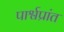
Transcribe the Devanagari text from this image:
पार्श्वप्रांत